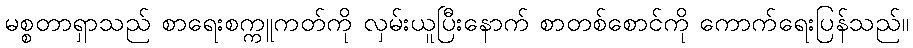
မစ္စတာရှာသည် စာရေးစက္ကူကတ်ကို လှမ်းယူပြီးနောက် စာတစ်စောင်ကို ကောက်ရေးပြန်သည်။